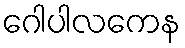
ဂေါပါလကေန